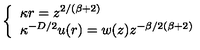
\left\{ \begin{array} { l } { \kappa r = z ^ { 2 / ( \beta + 2 ) } } \\ { \nonumber \kappa ^ { - D / 2 } u ( r ) = w ( z ) z ^ { - \beta / 2 ( \beta + 2 ) } } \\ \end{array} \right.